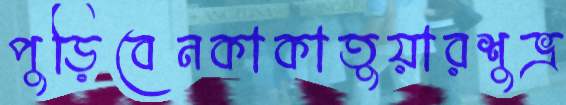
পুড়িবেনকাকাতুয়ারশুভ্র